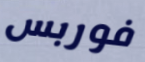
فوربس